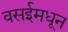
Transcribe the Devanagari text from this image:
वसईमधून